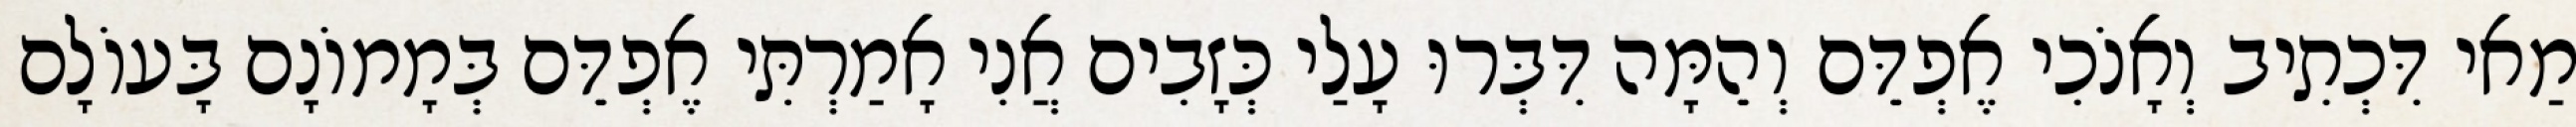
מַאי דִּכְתִיב וְאָנֹכִי אֶפְדֵּם וְהֵמָּה דִּבְּרוּ עָלַי כְּזָבִים אֲנִי אָמַרְתִּי אֶפְדֵּם בְּמָמוֹנָם בָּעוֹלָם